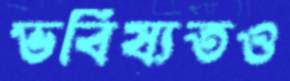
ভবিষ্যতও